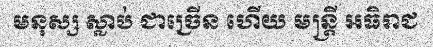
មនុស្ស ស្លាប់ ជាច្រើន ហើយ មន្ត្រី អធិរាជ